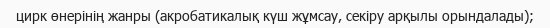
цирк өнерінің жанры (акробатикалық күш жұмсау, секіру арқылы орындалады);